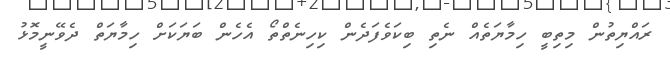
ރައްޔިތުން މިތިބީ ހިމާޔަތެއް ނެތި ބިކަވެފަދެން ކިހިނެތްތޯ އެހެން ބަޔަކަށް ހިމާޔަތް ދެވޭނީމޮޅު